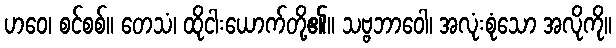
ဟဝေ၊ စင်စစ်။ တေသံ၊ ထိုငါးယောက်တို့၏။ သဗ္ဗဘာဝေါ၊ အလုံးစုံသော အလိုကို။